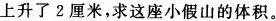
上升了2厘米，求这座小假山的体积。